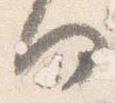
何